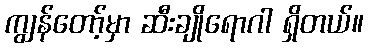
ကျွန်တော့်မှာ ဆီးချိုရောဂါ ရှိတယ်။